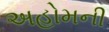
અહોમની